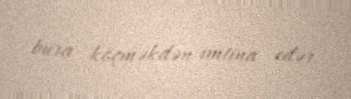
bura köçməkdən imtina edər.